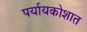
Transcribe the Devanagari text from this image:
पर्यायकोशात